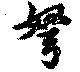
弩